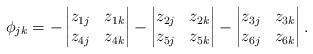
LaTeX: \begin{align*}\phi_{jk}=-\begin{vmatrix}z_{1j}&z_{1k}\\z_{4j}&z_{4k}\end{vmatrix}-\begin{vmatrix}z_{2j}&z_{2k}\\z_{5j}&z_{5k}\end{vmatrix}-\begin{vmatrix}z_{3j}&z_{3k}\\z_{6j}&z_{6k}\end{vmatrix}.\end{align*}